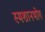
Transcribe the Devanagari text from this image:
स्मशानभोग